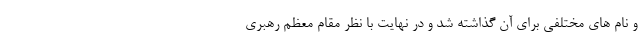
و نام های مختلفی برای آن گذاشته شد و در نهایت با نظر مقام معظم رهبری